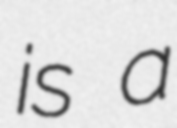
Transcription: is a